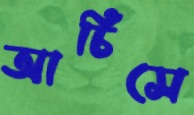
আর্চিসে